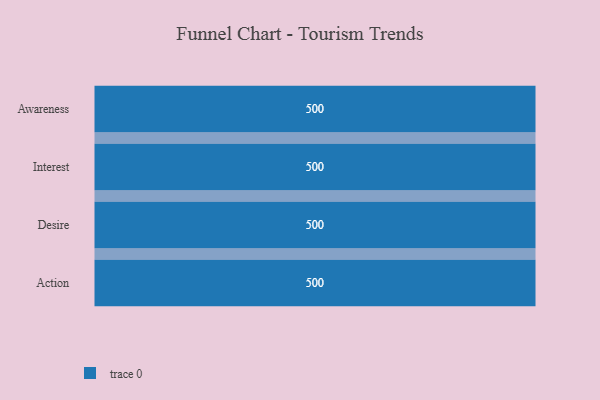
{"axis": {"x": "Stage", "y": "Value"}, "legend": [""], "data": [{"x": "Awareness", "y": 500, "type": ""}, {"x": "Interest", "y": 500, "type": ""}, {"x": "Desire", "y": 500, "type": ""}, {"x": "Action", "y": 500, "type": ""}]}